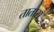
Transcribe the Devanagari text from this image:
तातास